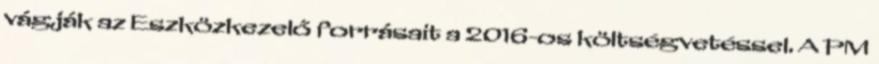
vágják az Eszközkezelő forrásait a 2016-os költségvetéssel. A PM